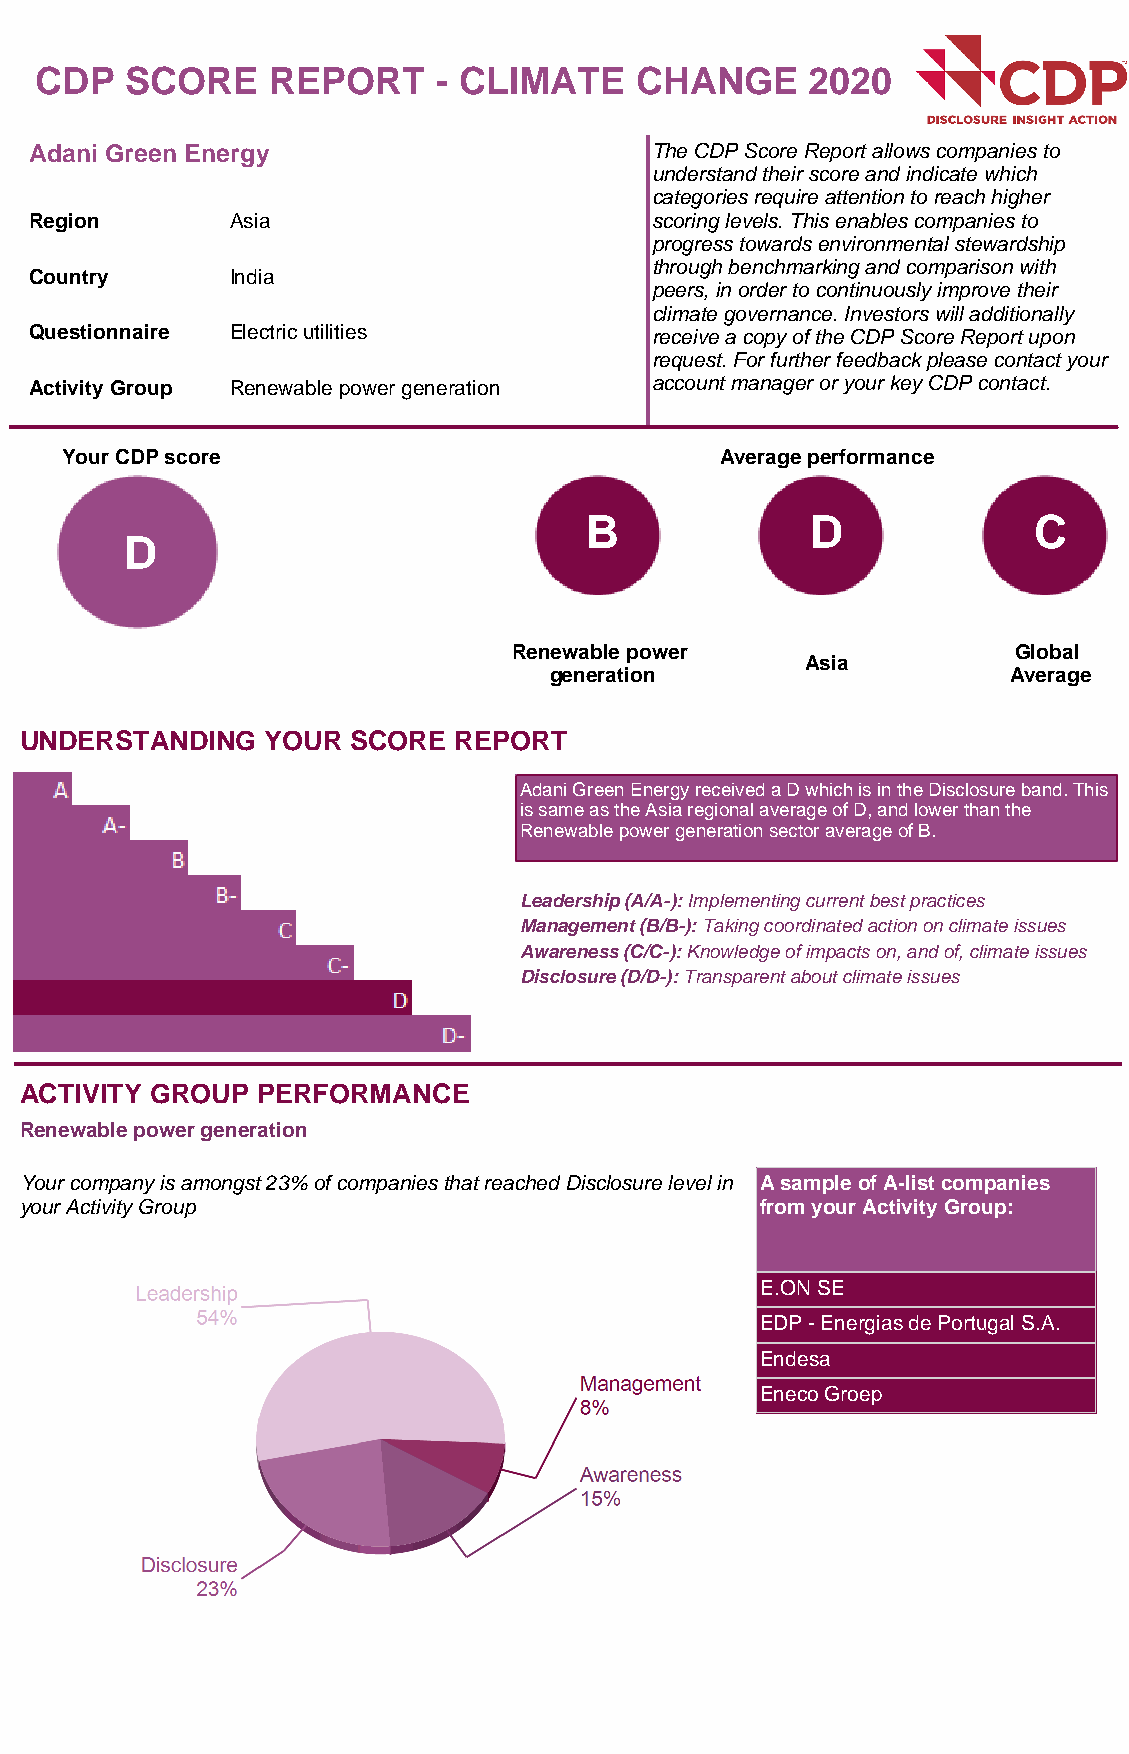
CDP   SCORE     REPORT     - CLIMATE    CHANGE      2020
 Adani Green Energy                       The CDP Score Report allows companies to
 understand their score and indicate which
 categories require attention to reach higher
 Region       Asia                        scoring levels. This enables companies to
 progress towards environmental stewardship
 through benchmarking and comparison with
 Country      India
 peers, in order to continuously improve their
 climate governance. Investors will additionally
 Questionnaire Electric utilities         receive a copy of the CDP Score Report upon
 request. For further feedback please contact your
 Activity Group Renewable power generation account manager or your key CDP contact.
 Your CDP score                              Average performance
 B              D             C
 D
 Renewable power                  Global
 Asia
 generation                     Average
 UNDERSTANDING    YOUR SCORE  REPORT
 Adani Green Energy received a D which is in the Disclosure band. This
 is same as the Asia regional average of D, and lower than the
 Renewable power generation sector average of B.
 Leadership (A/A-): Implementing current best practices
 Management (B/B-): Taking coordinated action on climate issues
 Awareness (C/C-): Knowledge of impacts on, and of, climate issues
 Disclosure (D/D-): Transparent about climate issues
 ACTIVITY GROUP  PERFORMANCE
 Renewable power generation
 Your company is amongst 23% of companies that reached Disclosure level in A sample of A-list companies
 your Activity Group                              from your Activity Group:
 E.ON SE
 EDP - Energias de Portugal S.A.
 Endesa
 Eneco Groep